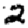
Digit: 2